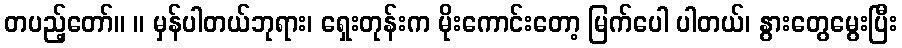
တပည့်တော်။ ။ မှန်ပါတယ်ဘုရား၊ ရှေးတုန်းက မိုးကောင်းတော့ မြက်ပေါ ပါတယ်၊ နွားတွေမွေးပြီး